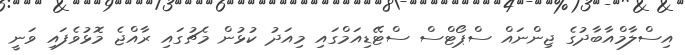
އިސްލާމްއާބާދުގެ ޖިންނައް ސްޕޯޓްސް ސްޓޭޑިއަމްގައި މިއަދު ކުޅުން މެޗުގައި ރާއްޖެ މޮޅުވެފައި ވަނީ